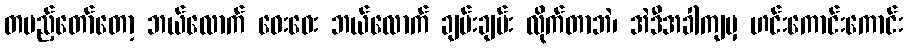
တပည့်တော်တော့ ဘယ်လောက် ဝေးဝေး ဘယ်လောက် ချမ်းချမ်း လိုက်တာဘဲ၊ အဲဒီအခါကျမှ ဟင်းကောင်းကောင်း